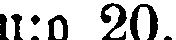
n:o 20.